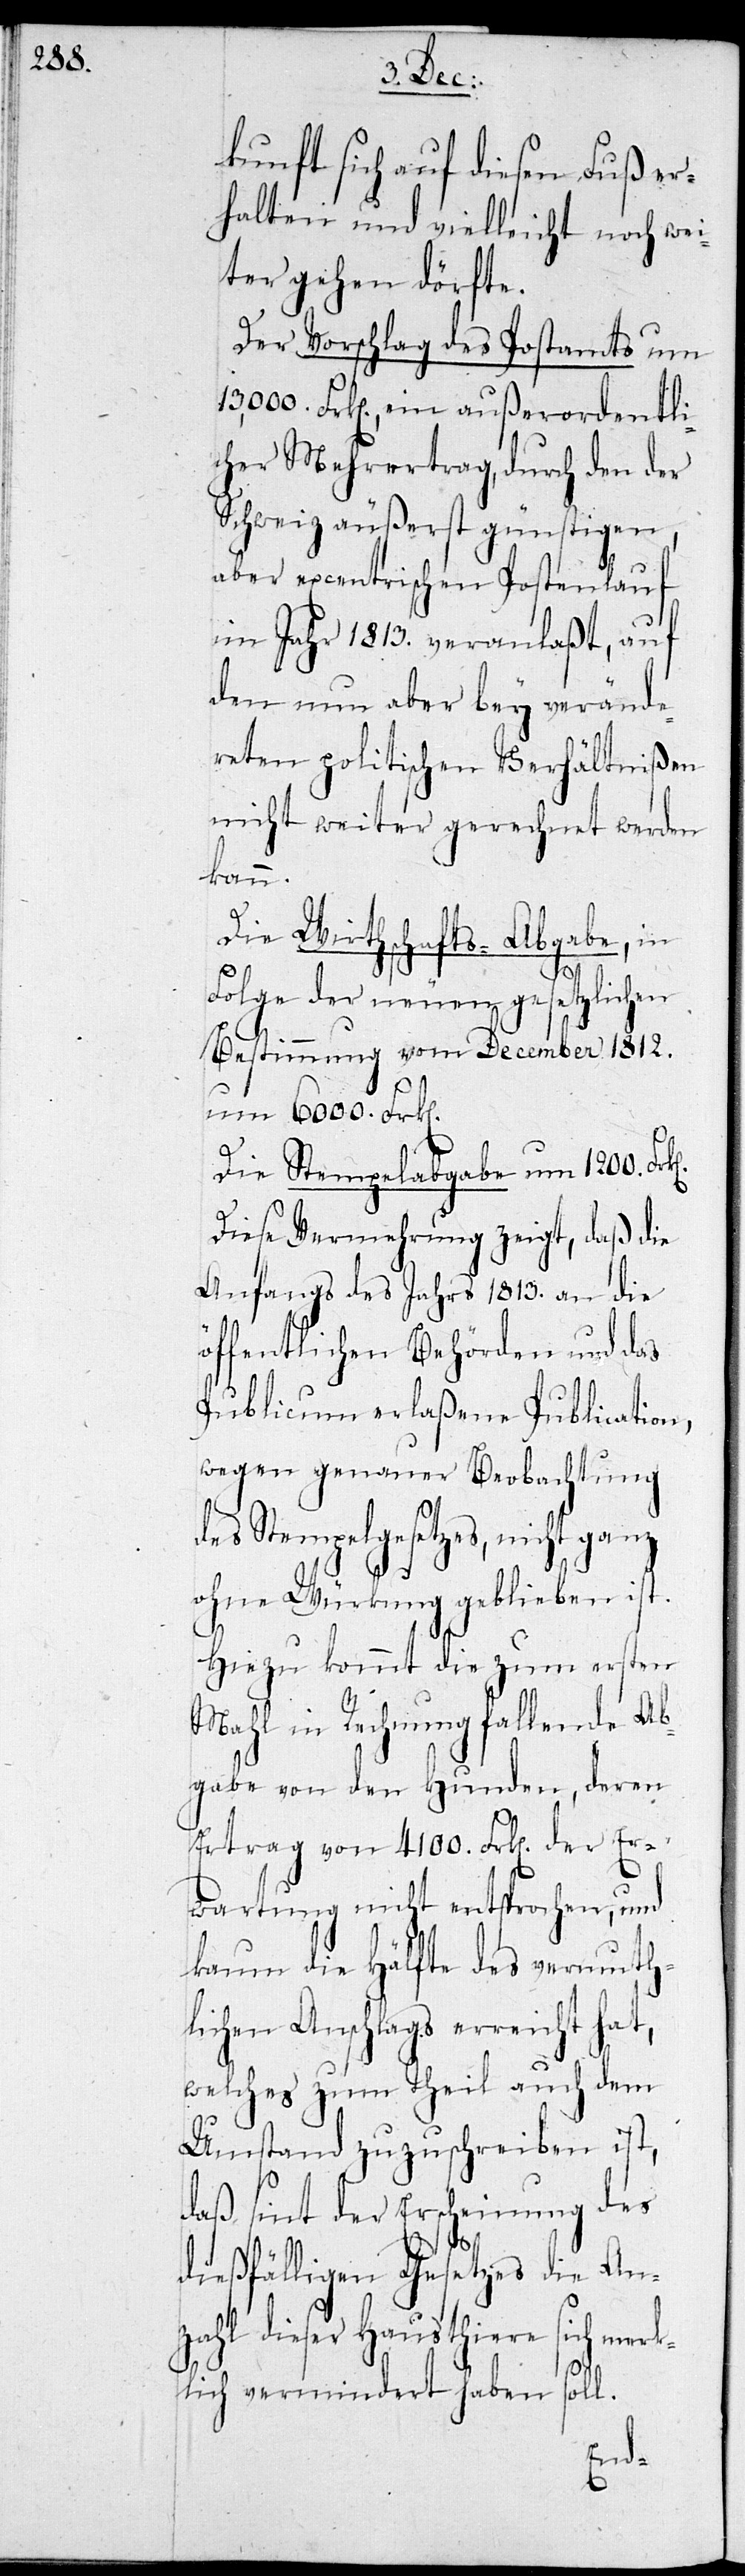
kunft sich auf diesen Fuß er¬
halten und vielleicht noch wei¬
ter gehen dörfte.
Der Vorschlag des Postamts um
13,000. Frken., ein außerordentli¬
cher Mehrertrag, durch den der
Schweiz äußerst günstigen,
aber excentrischen Postenlauf
im Jahr 1813. veranlaßt, auf
den nun aber bey verände¬
reten politischen Verhältnißen
nicht weiter gerechnet werden
ken.
Die Wirthschafts-Abgabe, in
Folge der neuen gesetzlichen
Bestimmung vom December 1812.
um 6000. Frken.
Die Stempelabgabe um 1200. Fr¬
Diese Vermehrung zeigt, daß die
Anfangs des Jahrs 1813. an die
öffentlichen Behörden und das
Publicum erlaßene Publication,
wegen genauer Beobachtung
des Stempelgesetzes, nicht ganz
ohne Würkung geblieben ist.
Hiezu kommt die zum ersten
Mahl in Rechnung fallende Ab¬
gabe von den Hunden, daran
Ertrag von 4100. Frken. der Er¬
wartung nicht entsprochen, und
kaum die Hälfte des vermuth¬
lichen Anschlags erreicht hat,
welches zum Theil auch dem
Umstand zuzuschreiben ist,
daß seit der Erscheinung des
dießfälligen Gesetzes die An¬
zahl dieser Hausthiere sich merk¬
lich vermindert haben soll.